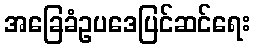
အခြေခံဥပဒေပြင်ဆင်ရေး